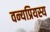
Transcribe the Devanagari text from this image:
वन्यप्रियस्य